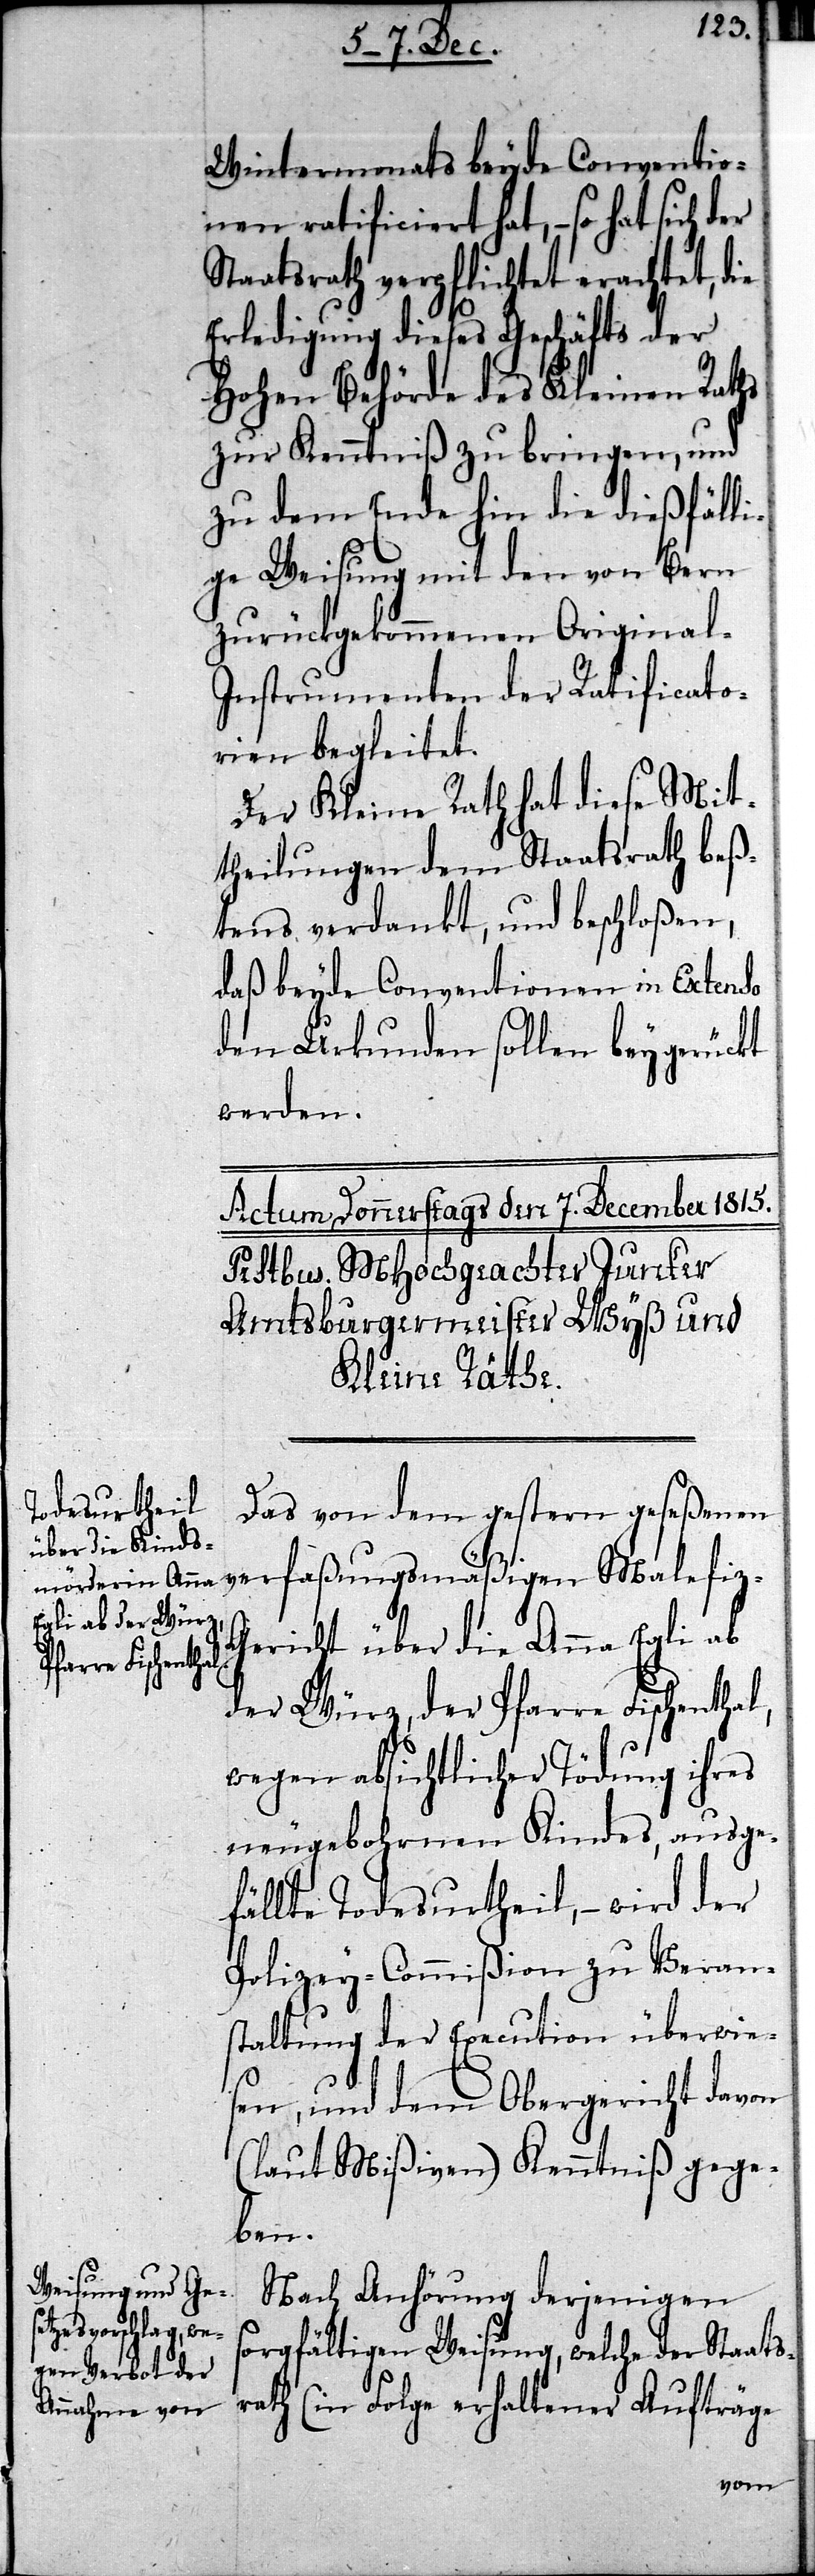
Wintermonats beyde Conventio¬
nen ratificiert hat, – so hat sich der
Staatsrath verpflichtet erachtet, die
Erledigung dieses Geschäfts der
Hohen Behörde des Kleinen Raths
zur Kenntniß zu bringen, und
zu dem Ende hin die dießfälli¬
ge Weisung mit den von Bern
zurückgekommenen Original-I¬
nstrumenten der Ratificato¬
rien begleitet.
Der Kleine Rath hat diese Mit¬
theilungen dem Staatsrath beß¬
tens verdankt, und beschloßen,
daß beyde Conventionen in Extenso
den Urkunden sollen beygerückt
werden.
Das von dem gestern geseßenen
verfaßungsmäßigen Malefiz-G¬
ericht über die Anna Egli ab
der Würz, der Pfarre Fischenthal,
wegen absichtlicher Tödung ihres
neugebohrnen Kindes, ausge¬
fällte Todesurtheil, – wird der
Polizey-Commißion zu Veran¬
staltung der Execution überwies¬
en, und dem Obergericht davon
(laut Mißiven) Kenntniß gege¬
ben.
Nach Anhörung derjenigen
sorgfältigen Weisung, welche der Staats¬
rath (in Folge erhaltener Aufträge